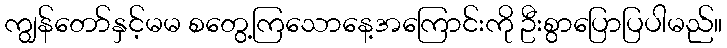
ကျွန်တော်နှင့်မမ စတွေ့ကြသောနေ့အကြောင်းကို ဦးစွာပြောပြပါမည်။